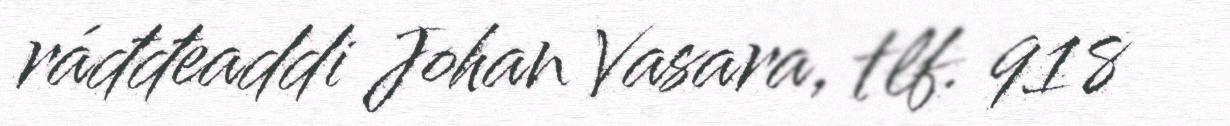
ráđđeaddi Johan Vasara, tlf. 918